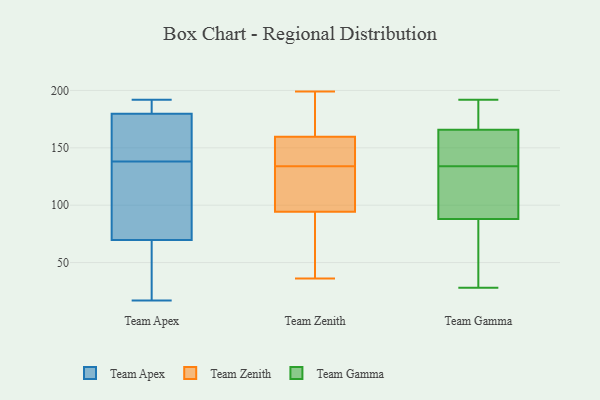
{"axis": {"x": "Net Income (USD K)", "y": "Value"}, "legend": ["Team Apex", "Team Gamma", "Team Zenith"], "data": [{"x": "", "y": 42, "type": "Team Apex"}, {"x": "", "y": 161, "type": "Team Apex"}, {"x": "", "y": 17, "type": "Team Apex"}, {"x": "", "y": 192, "type": "Team Apex"}, {"x": "", "y": 133, "type": "Team Apex"}, {"x": "", "y": 182, "type": "Team Apex"}, {"x": "", "y": 160, "type": "Team Apex"}, {"x": "", "y": 144, "type": "Team Apex"}, {"x": "", "y": 109, "type": "Team Apex"}, {"x": "", "y": 189, "type": "Team Apex"}, {"x": "", "y": 138, "type": "Team Apex"}, {"x": "", "y": 41, "type": "Team Apex"}, {"x": "", "y": 179, "type": "Team Apex"}, {"x": "", "y": 79, "type": "Team Apex"}, {"x": "", "y": 32, "type": "Team Apex"}, {"x": "", "y": 89, "type": "Team Apex"}, {"x": "", "y": 188, "type": "Team Apex"}, {"x": "", "y": 104, "type": "Team Zenith"}, {"x": "", "y": 36, "type": "Team Zenith"}, {"x": "", "y": 100, "type": "Team Zenith"}, {"x": "", "y": 140, "type": "Team Zenith"}, {"x": "", "y": 134, "type": "Team Zenith"}, {"x": "", "y": 199, "type": "Team Zenith"}, {"x": "", "y": 45, "type": "Team Zenith"}, {"x": "", "y": 155, "type": "Team Zenith"}, {"x": "", "y": 186, "type": "Team Zenith"}, {"x": "", "y": 115, "type": "Team Zenith"}, {"x": "", "y": 174, "type": "Team Zenith"}, {"x": "", "y": 146, "type": "Team Zenith"}, {"x": "", "y": 77, "type": "Team Zenith"}, {"x": "", "y": 186, "type": "Team Gamma"}, {"x": "", "y": 129, "type": "Team Gamma"}, {"x": "", "y": 47, "type": "Team Gamma"}, {"x": "", "y": 155, "type": "Team Gamma"}, {"x": "", "y": 134, "type": "Team Gamma"}, {"x": "", "y": 109, "type": "Team Gamma"}, {"x": "", "y": 28, "type": "Team Gamma"}, {"x": "", "y": 67, "type": "Team Gamma"}, {"x": "", "y": 187, "type": "Team Gamma"}, {"x": "", "y": 134, "type": "Team Gamma"}, {"x": "", "y": 192, "type": "Team Gamma"}, {"x": "", "y": 159, "type": "Team Gamma"}, {"x": "", "y": 95, "type": "Team Gamma"}]}